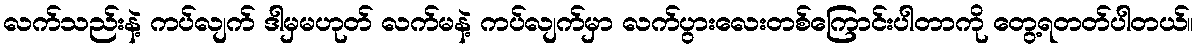
လက်သည်းနဲ့ ကပ်လျက် ဒါမှမဟုတ် လက်မနဲ့ ကပ်လျက်မှာ လက်ပွားလေးတစ်ကြောင်းပါတာကို တွေ့ရတတ်ပါတယ်။